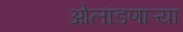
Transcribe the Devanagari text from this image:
ओलांडणाऱ्या